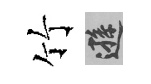
竹遜